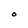
Character: O